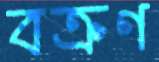
বক্রণ